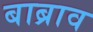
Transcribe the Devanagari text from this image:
बाब्राव